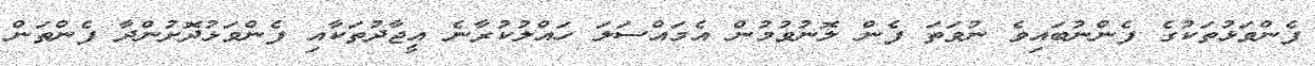
ފެންވަޅުތަކުގެ ފެންނުބައިވެ ނުވަތަ ފެން ލޮނުވުމުން އެމައްސަލަ ހައްލުކުރާނެ އީޖާދުތަކާއި ފެންވަޅުދޮށުންދާ ފެންތަން